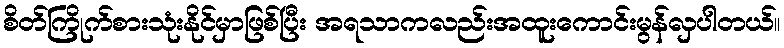
စိတ်ကြိုက်စားသုံးနိုင်မှာဖြစ်ပြီး အရသာကလည်းအထူးကောင်းမွန်လှပါတယ်။